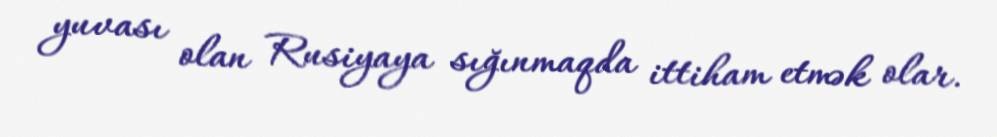
yuvası olan Rusiyaya sığınmaqda ittiham etmək olar.